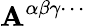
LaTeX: \mathbf{A}^{\alpha\beta\gamma\cdots}